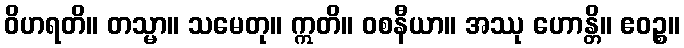
ဝိဟရတိ။ တသ္မာ။ သမေတု။ ဣတိ။ ဝစနီယာ။ အဿု ဟောန္တိ။ ဧဝဉ္စ။